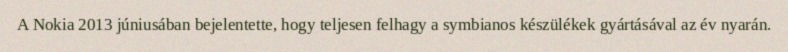
A Nokia 2013 júniusában bejelentette, hogy teljesen felhagy a symbianos készülékek gyártásával az év nyarán.